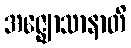
အဇ္ဈောသာနာတိ